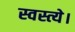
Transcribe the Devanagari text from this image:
स्वस्त्ये।